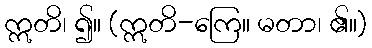
ဣတိ၊ ၍။ (ဣတိ-ကြေ။ မတာ၊ ၏။)